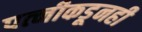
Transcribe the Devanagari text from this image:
पत्‍नीकडूनही